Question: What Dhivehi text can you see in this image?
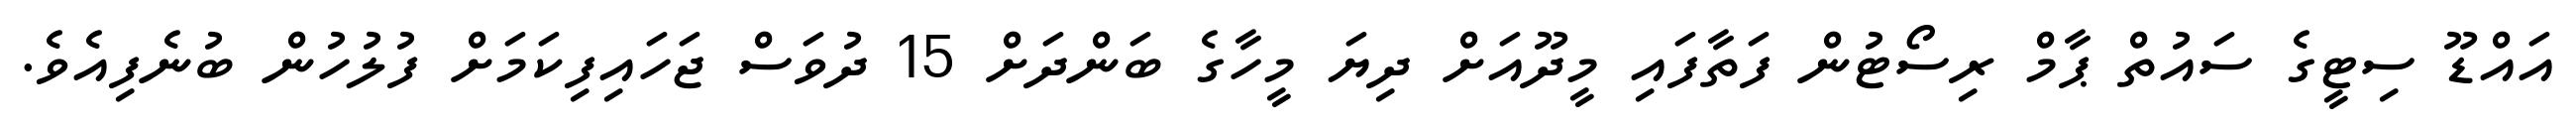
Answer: އައްޑޫ ސިޓީގެ ސައުތް ޕާމް ރިސޯޓުން ފަތާފައި މީދޫއަށް ދިޔަ މީހާގެ ބަންދަށް 15 ދުވަސް ޖަހައިފިކަމަށް ފުލުހުން ބުނެފިއެވެ.